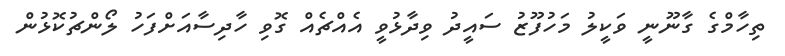
ތިހާމްގެ ގާނޫނީ ވަކީލު މަހުފޫޒު ސައީދު ވިދާޅުވީ އެއްޗެއް ގޮވި ހާދިސާއަށްފަހު ލޯންޗުކޮޅުން